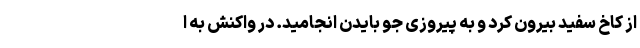
از کاخ سفید بیرون کرد و به پیروزی جو بایدن انجامید. در واکنش به ا